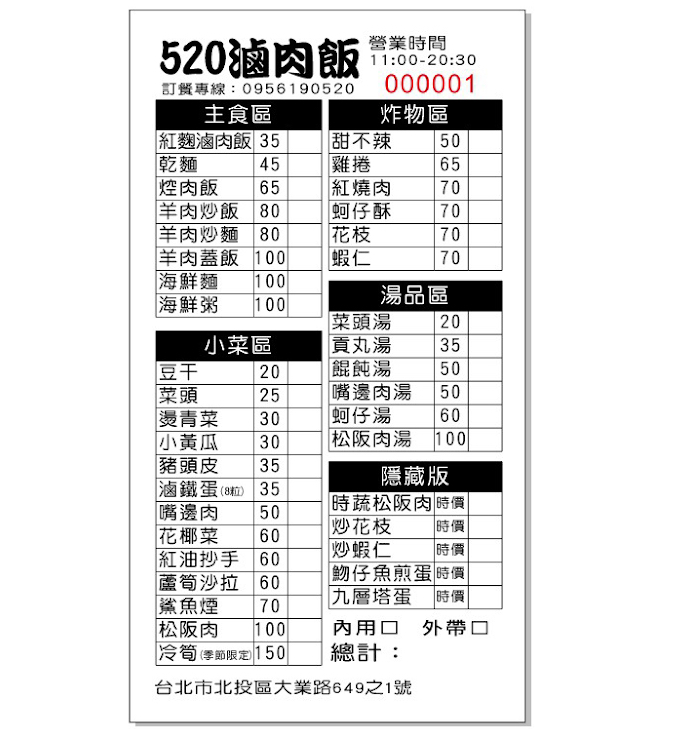
餐廳：520滷肉飯
地址：台北市北投區大業路649之1號
電話：0956190520
營業時間：11:00-20:30
菜單：
name: 紅麴滷肉飯
price: 35
name: 乾麵
price: 45
name: 焢肉飯
price: 65
name: 羊肉炒飯
price: 80
name: 羊肉炒麵
price: 80
name: 羊肉蓋飯
price: 100
name: 海鮮麵
price: 100
name: 海鮮粥
price: 100
name: 菜頭湯
price: 20
name: 貢丸湯
price: 35
name: 餛飩湯
price: 50
name: 嘴邊肉湯
price: 50
name: 蚵仔湯
price: 60
name: 松阪肉湯
price: 100
name: 甜不辣
price: 50
name: 雞捲
price: 65
name: 紅燒肉
price: 70
name: 蚵仔酥
price: 70
name: 花枝
price: 70
name: 蝦仁
price: 70
name: 豆干
price: 20
name: 菜頭
price: 25
name: 燙青菜
price: 30
name: 小黃瓜
price: 30
name: 豬頭皮
price: 35
name: 滷鐵蛋(8粒)
price: 35
name: 嘴邊肉
price: 50
name: 花椰菜
price: 60
name: 紅油抄手
price: 60
name: 蘆筍沙拉
price: 60
name: 鯊魚煙
price: 70
name: 松阪肉
price: 100
name: 冷筍(季節限定)
price: 150
name: 時蔬松阪肉
price: -1
name: 炒花枝
price: -1
name: 炒蝦仁
price: -1
name: 魩仔魚煎蛋
price: -1
name: 九層塔蛋
price: -1